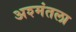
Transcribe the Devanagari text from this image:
अश्मंतला